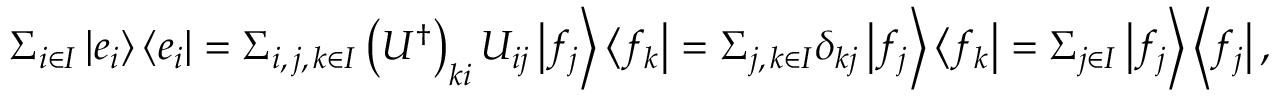
\Sigma _ { i \in I } \left| e _ { i } \right\rangle \left\langle e _ { i } \right| = \Sigma _ { i , \, j , \, k \in I } \left( U ^ { \dagger } \right) _ { k i } U _ { i j } \left| f _ { j } \right\rangle \left\langle f _ { k } \right| = \Sigma _ { j , \, k \in I } \delta _ { k j } \left| f _ { j } \right\rangle \left\langle f _ { k } \right| = \Sigma _ { j \in I } \left| f _ { j } \right\rangle \left\langle f _ { j } \right| ,